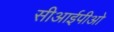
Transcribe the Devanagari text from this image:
सीआईपीओ